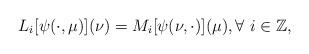
LaTeX: \begin{align*}L_i[\psi(\cdot,\mu)](\nu) = M_i[\psi(\nu,\cdot)](\mu),\forall \ i \in \mathbb{Z},\end{align*}